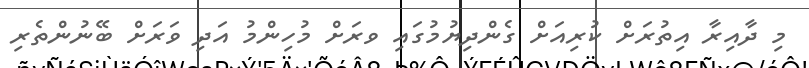
މި ދާއިރާ އިތުރަށް ކުރިއަށް ގެންދިޔުމުގައި ވރަށް މުހިންމު އަދި ވަރަށް ބޭނުންތެރި